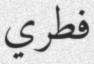
فطري